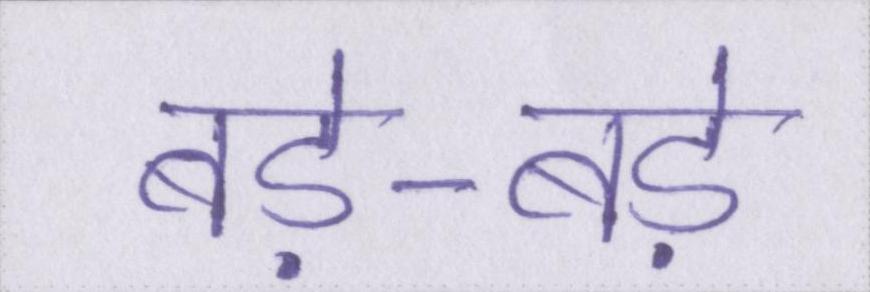
बड़े-बड़े